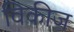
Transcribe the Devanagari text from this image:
विकीज